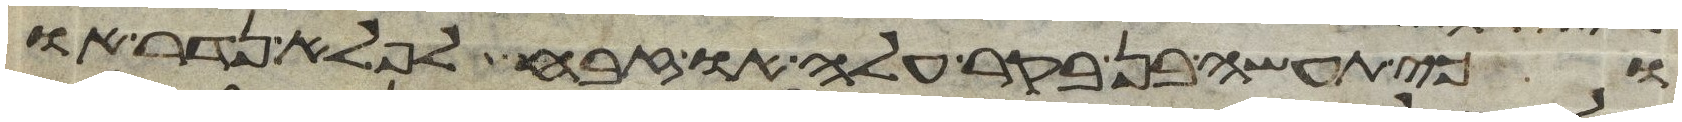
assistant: וכי תעשה בן בקר עלה או זבח לפלא נדר או